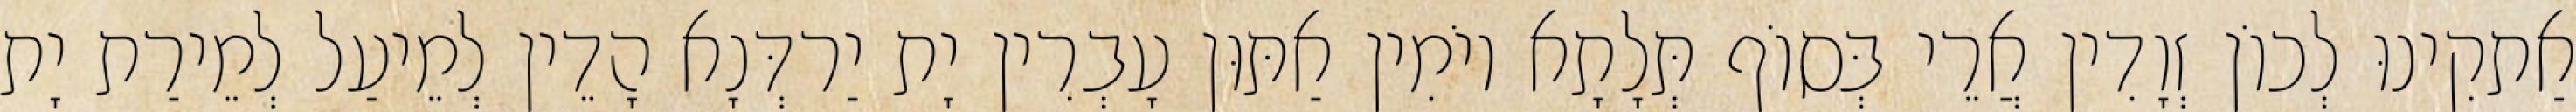
אַתקִינוּ לְכוֹן זְוָדִין אֲרֵי בְּסוֹף תְּלָתָא יוֹמִין אַתּוּן עָבְרִין יָת יַרדְּנָא הָדֵין לְמֵיעַל לְמֵירַת יָת